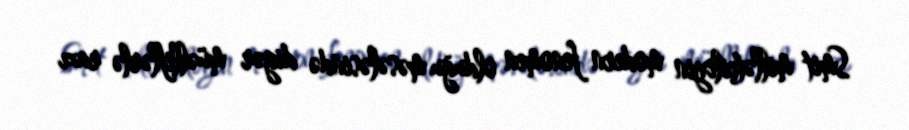
Smit millətçiliyin modern fenomen olduğu məsələsində digər müəlliflərlə razı